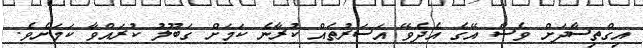
އިގްތިސާދަށް ވެސް އޭގެ އެދެވޭ އަސަރުތައް ކުރާނެ ކަމަށް ގަބޫލު ކުރައްވާ ކަމަށެވެ.